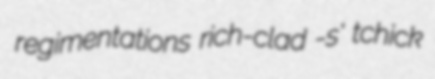
regimentations rich-clad -s' tchick